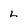
Character: L